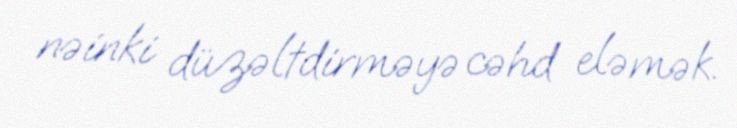
nəinki düzəltdirməyə cəhd eləmək.